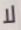
لا